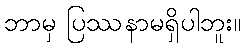
ဘာမှ ပြဿနာမရှိပါဘူး။